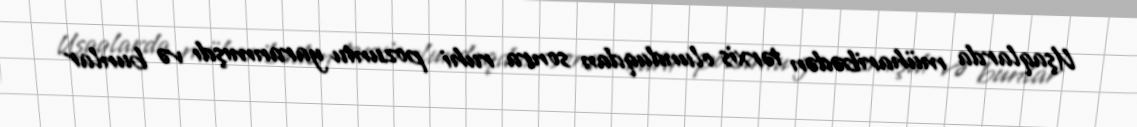
Uşaqlarda müharibədən tərxis olunduqdan sonra ruhi pozuntu yaranmışdı və bunlar